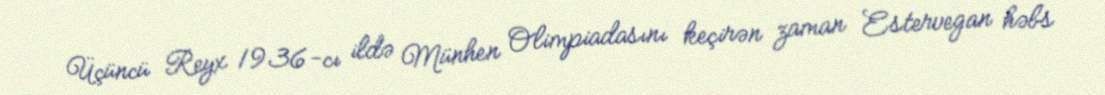
Üçüncü Reyx 1936-cı ildə Münhen Olimpiadasını keçirən zaman Estervegan həbs